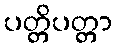
ပတ္တိပတ္တာ